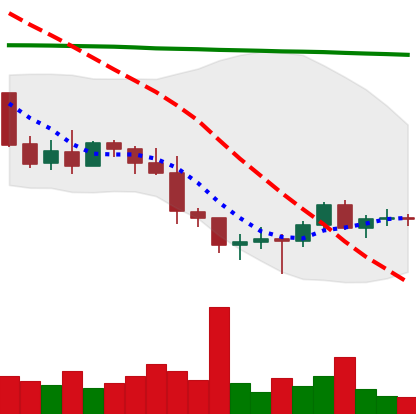
Ticker: BTC-USD
Chart end date: 2022-01-16
Forward return: -15.439%
Label: down_7plus